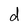
Character: d